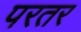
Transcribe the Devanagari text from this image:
परतर